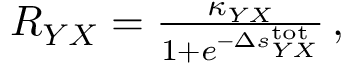
\begin{array} { r } { R _ { Y X } = \frac { \kappa _ { Y X } } { 1 + e ^ { - \Delta s _ { Y X } ^ { \mathrm { t o t } } } } \, , } \end{array}